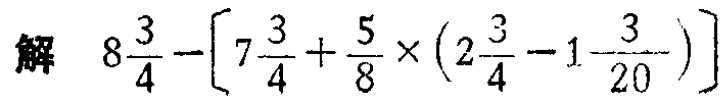
解 \(8\frac{3}{4}-\left[7\frac{3}{4}+\frac{5}{8}\times\left(2\frac{3}{4}-1\frac{3}{20}\right)\right]\)